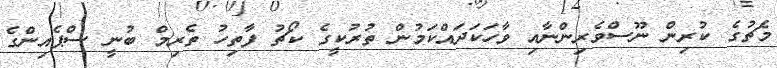
މެޗުގެ ކުރިން ނޫސްވެރިންނާއި ވާހަކަދައްކަމުން ތުރުކީގެ ކޯޗު ފާތިހު ތެރިމް ބުނީ ސްޕެއިންގެ